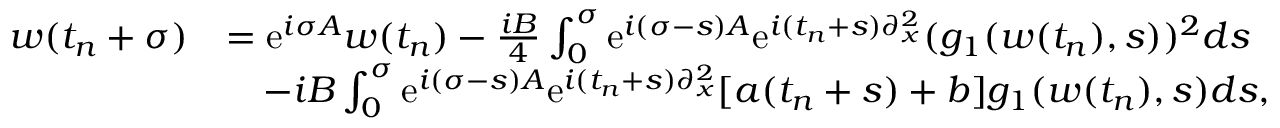
\begin{array} { r l } { w ( t _ { n } + \sigma ) } & { = \mathrm { e } ^ { i \sigma A } w ( t _ { n } ) - \frac { i B } { 4 } \int _ { 0 } ^ { \sigma } \mathrm { e } ^ { i ( \sigma - s ) A } \mathrm { e } ^ { i ( t _ { n } + s ) \partial _ { x } ^ { 2 } } ( g _ { 1 } ( w ( t _ { n } ) , s ) ) ^ { 2 } d s } \\ & { \quad - i B \int _ { 0 } ^ { \sigma } \mathrm { e } ^ { i ( \sigma - s ) A } \mathrm { e } ^ { i ( t _ { n } + s ) \partial _ { x } ^ { 2 } } [ a ( t _ { n } + s ) + b ] g _ { 1 } ( w ( t _ { n } ) , s ) d s , } \end{array}